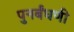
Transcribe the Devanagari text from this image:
पुनर्बंधणी